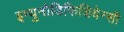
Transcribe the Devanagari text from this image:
इम्युनोडिफिशियेन्सी